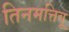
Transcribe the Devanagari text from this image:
तिनमत्तिवू